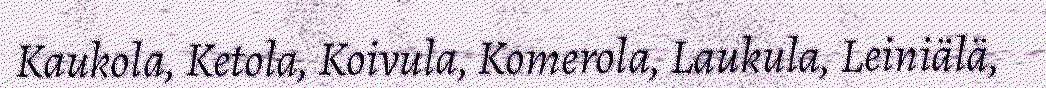
Kaukola, Ketola, Koivula, Komerola, Laukula, Leiniälä,